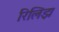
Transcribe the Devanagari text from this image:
रिलिझ